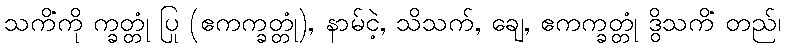
သကိံကို က္ခတ္တုံ ပြု (ဧကက္ခတ္တုံ), နာမ်ငဲ့, သိသက်, ချေ, ဧကက္ခတ္တုံ ဒွိသကိံ တည်၊